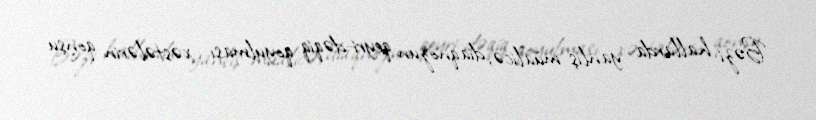
Bəzi hallarda yanlış müalicə, diaqnozun qeyri-dəqiq qoyulması xəstələrin qonşu